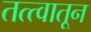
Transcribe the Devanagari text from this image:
तत्त्वातून